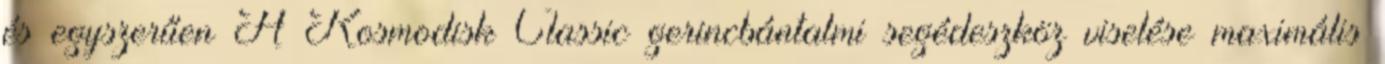
és egyszerűen A Kosmodisk Classic gerincbántalmi segédeszköz viselése maximális